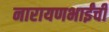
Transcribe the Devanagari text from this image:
नारायणभाईंची